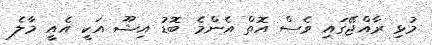
މުޅި ރާއްޖޭގައި ވެސް އޮތް އެންމެ ބޮޑު އިޝޫ އަކީ އެއީ މާލެ